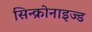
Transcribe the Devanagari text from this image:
सिन्क्रोनाइज्ड